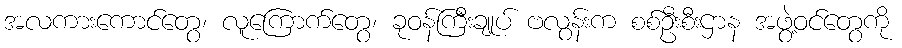
အလကားကောင်တွေ၊ လူကြောက်တွေ၊ ခုဝန်ကြီးချုပ် ဗလွန်းက စစ်ဦးစီးဌာန အဖွဲ့ဝင်တွေကို